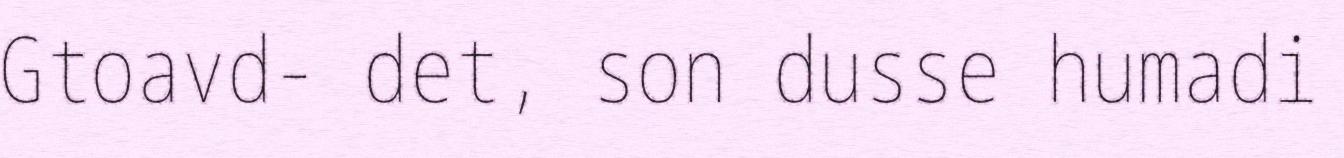
Gtoavd- det, son dusse humadi